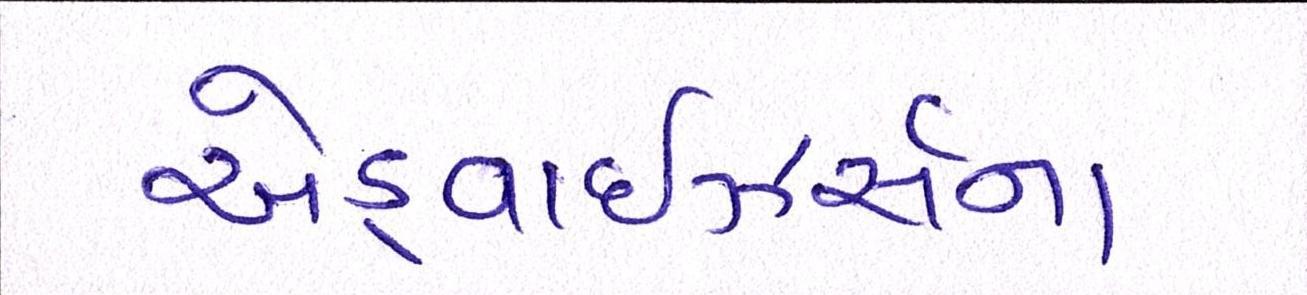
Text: એડ્વાઇઝર્સના